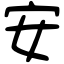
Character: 安